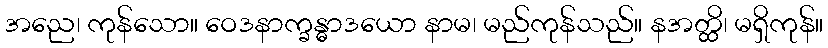
အညေ၊ ကုန်သော။ ဝေဒနာက္ခန္ဓာဒယော နာမ၊ မည်ကုန်သည်။ နအတ္ထိ၊ မရှိကုန်။